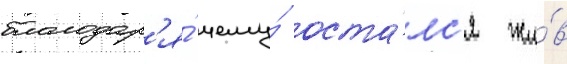
благодар'я́ чему́ оста́лс'я жи́в